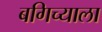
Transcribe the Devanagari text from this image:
बगिच्याला